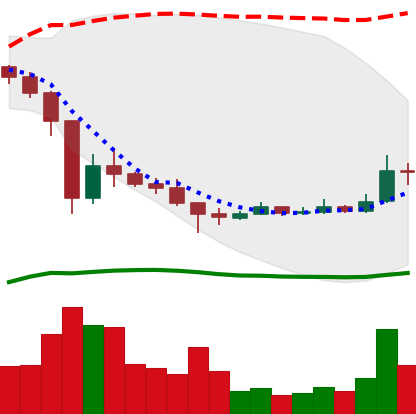
Ticker: XRP-USD
Chart end date: 2021-01-08
Forward return: -5.46%
Label: down_5_7